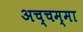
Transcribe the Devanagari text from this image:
अच्चम्मा